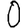
Digit: 0